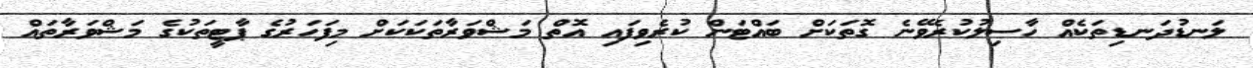
ލަނޑުދަނޑިތަކެއް ހާސިލުކުރެވޭނެ ގޮތަކަށް ބައްޓަން ކުރެވިފައި އޮތް މަޝްވަރާތަކަކަށް މިފަހަރުގެ ޕާޓީތަކުގެ މަޝްވަރާތައް